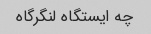
چه ایستگاه لنگرگاه